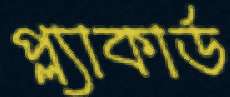
প্ল্যাকার্ড